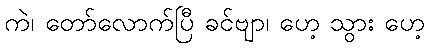
ကဲ၊ တော်လောက်ပြီ ခင်ဗျာ၊ ဟေ့ သွား ဟေ့